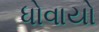
ધોવાયો